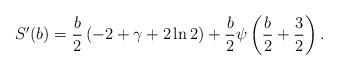
LaTeX: \begin{align*}S'(b)= \frac{b}{2}\,(-2+\gamma+2\ln2)+\frac{b}{2}\psi\left(\frac{b}{2}+\frac{3}{2}\right).\end{align*}